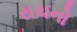
રાયનો